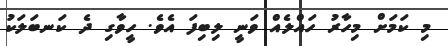
މި ކަމަށް މިހާރު ހައްލެއް ވަނީ ލިިބިފަ އެވެ. ހީވާގި ދެ ކަނބަލަކު